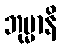
ဘုမ္မာနိ